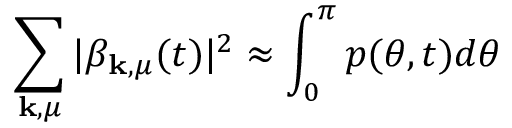
\sum _ { \mathbf { k } , \mu } \vert \beta _ { \mathbf { k } , \mu } ( t ) \vert ^ { 2 } \approx \int _ { 0 } ^ { \pi } p ( \theta , t ) d \theta